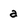
Character: a